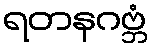
ရတနဂဗ္ဘံ